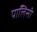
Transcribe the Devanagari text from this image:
पाॅलिसी